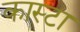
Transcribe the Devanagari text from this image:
कास्टा